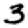
Digit: 3